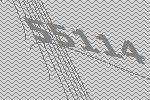
55114